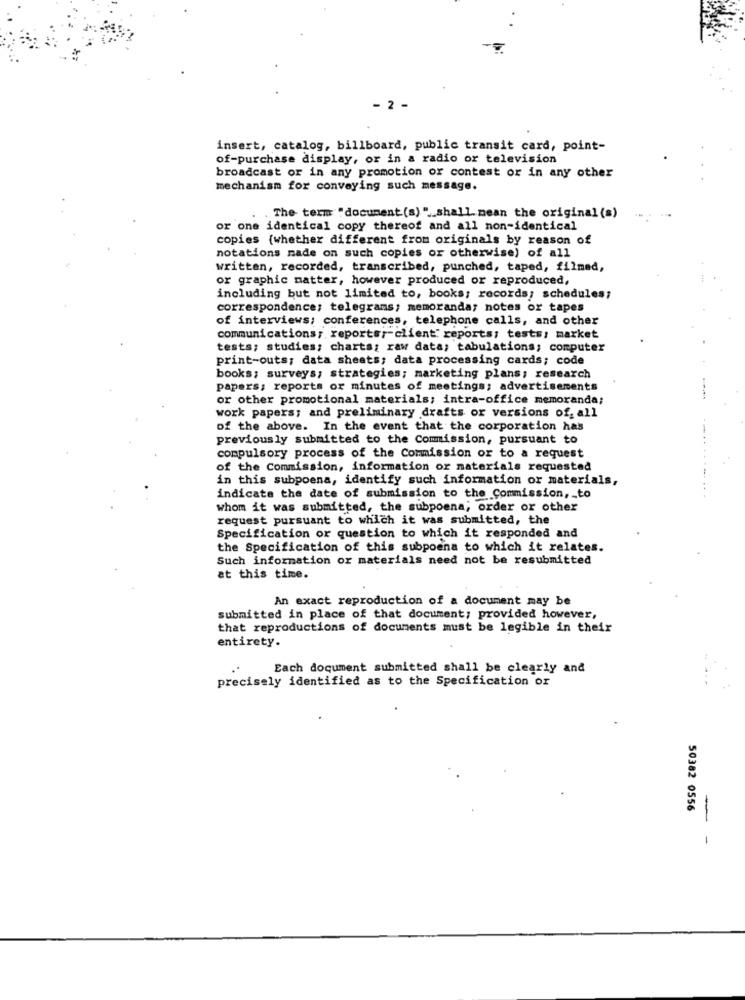
- 2 -
insert, catalog, billboard, public transit card, point-
of-purchase display, or in a radio or television
broadcast or in any promotion or contest or in any other
mechanism for conveying such message.
. The term "document (s) " __ shall. mean the original (s)
or one identical copy thereof and all non-identical
copies (whether different from originals by reason of
notations made on such copies or otherwise) of all
written, recorded, transcribed, punched, taped, filmed,
or graphic matter, however produced or reproduced,
including but not limited to, books; records; schedules;
correspondence; telegrams; memoranda; notes or tapes
of interviews; conferences, telephone calls, and other
communications; reports ,- client: reports; tests: market
tests; studies; charts; raw data; tabulations; computer
print-outs; data sheets; data processing cards; code
books; surveys; strategies; marketing plans; research
papers; reports or minutes of meetings; advertisements
or other promotional materials; intra-office memoranda;
work papers; and preliminary drafts or versions of, all
of the above. In the event that the corporation has
previously submitted to the Commission, pursuant to
compulsory process of the Commission or to a request
of the Commission, information or materials requested
in this subpoena, identify such information or materials,
indicate the date of submission to the Commission, _ to
whom it was submitted, the subpoena; order or other
request pursuant to which it was submitted, the
Specification or question to which it responded and
the Specification of this subpoena to which it relates.
Such information or materials need not be resubmitted
at this time.
An exact reproduction of a document may be
submitted in place of that document; provided however,
that reproductions of documents must be legible in their
entirety.
Each document submitted shall be clearly and
precisely identified as to the Specification or
50382 0556
-
1